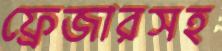
ফ্রেজারসহ